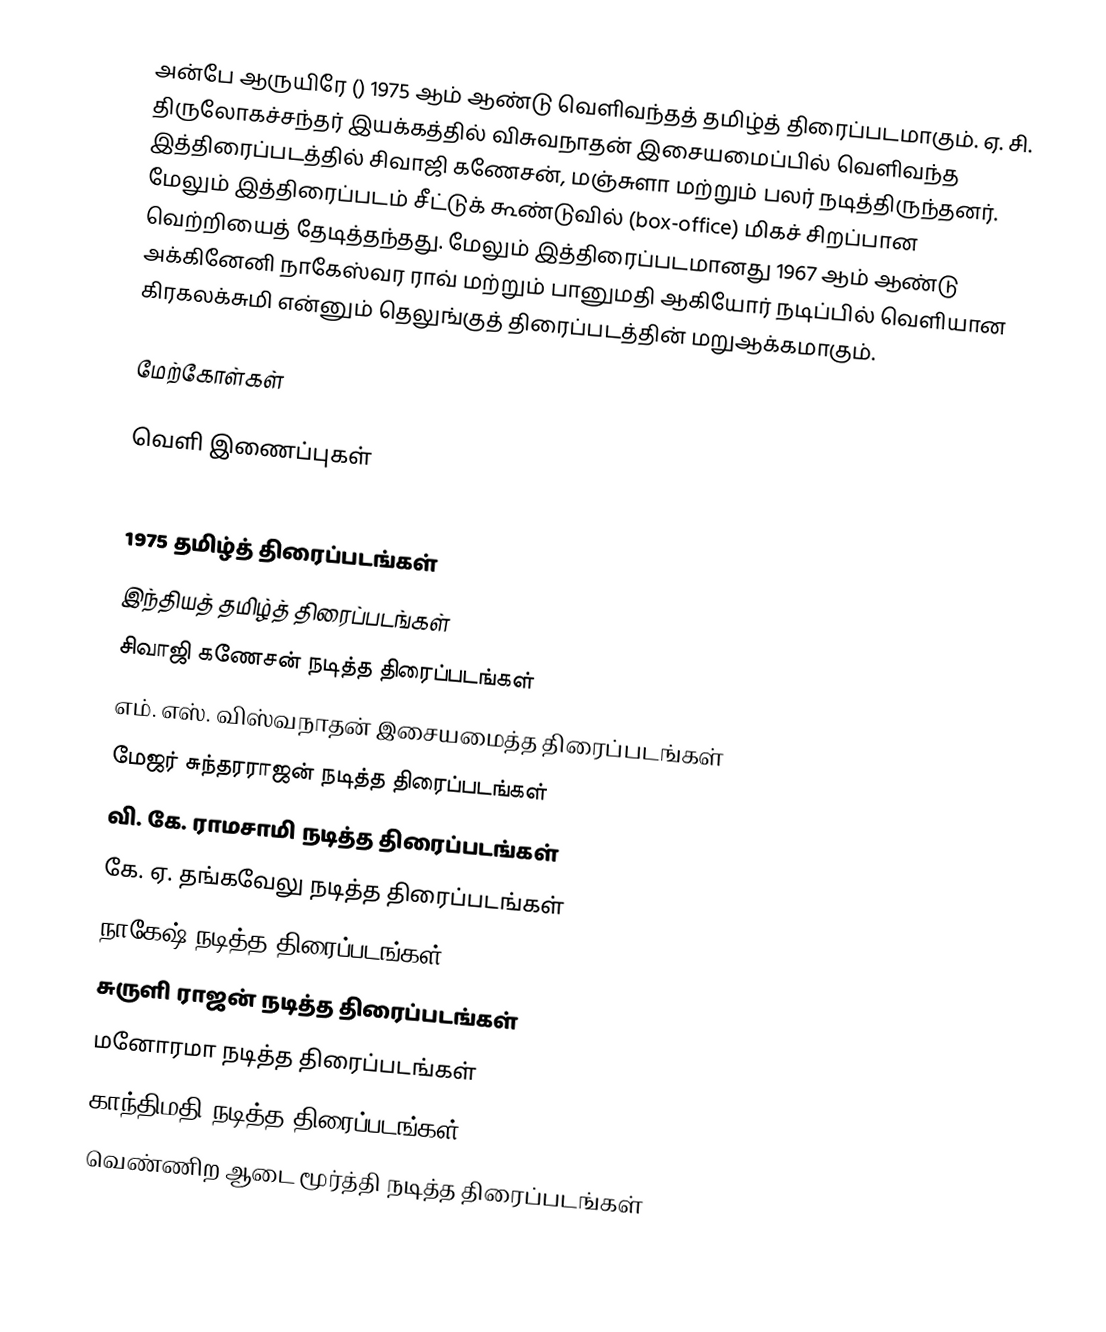
அன்பே ஆருயிரே () 1975 ஆம் ஆண்டு வெளிவந்தத் தமிழ்த் திரைப்படமாகும். ஏ. சி. திருலோகச்சந்தர் இயக்கத்தில் விசுவநாதன் இசையமைப்பில் வெளிவந்த இத்திரைப்படத்தில் சிவாஜி கணேசன், மஞ்சுளா மற்றும் பலர் நடித்திருந்தனர். மேலும் இத்திரைப்படம் சீட்டுக் கூண்டுவில் (box-office) மிகச் சிறப்பான வெற்றியைத் தேடித்தந்தது. மேலும் இத்திரைப்படமானது 1967 ஆம் ஆண்டு அக்கினேனி நாகேஸ்வர ராவ் மற்றும் பானுமதி ஆகியோர் நடிப்பில் வெளியான கிரகலக்சுமி என்னும் தெலுங்குத் திரைப்படத்தின் மறுஆக்கமாகும்.

மேற்கோள்கள்

வெளி இணைப்புகள்

1975 தமிழ்த் திரைப்படங்கள்
இந்தியத் தமிழ்த் திரைப்படங்கள்
சிவாஜி கணேசன் நடித்த திரைப்படங்கள்
எம். எஸ். விஸ்வநாதன் இசையமைத்த திரைப்படங்கள்
மேஜர் சுந்தரராஜன் நடித்த திரைப்படங்கள்
வி. கே. ராமசாமி நடித்த திரைப்படங்கள்
கே. ஏ. தங்கவேலு நடித்த திரைப்படங்கள்
நாகேஷ் நடித்த திரைப்படங்கள்
சுருளி ராஜன் நடித்த திரைப்படங்கள்
மனோரமா நடித்த திரைப்படங்கள்
காந்திமதி நடித்த திரைப்படங்கள்
வெண்ணிற ஆடை மூர்த்தி நடித்த திரைப்படங்கள்